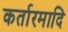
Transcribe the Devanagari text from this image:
कर्तारमादि